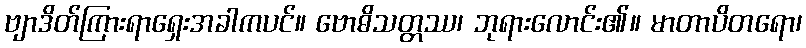
ဗျာဒိတ်ကြားရာရှေးအခါကပင်။ ဗောဓိသတ္တဿ၊ ဘုရားလောင်း၏။ မာတာပိတရော၊